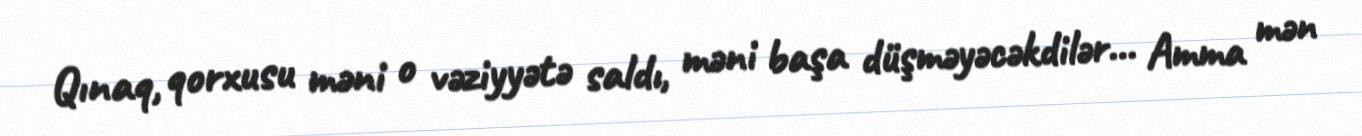
Qınaq, qorxusu məni o vəziyyətə saldı, məni başa düşməyəcəkdilər... Amma mən